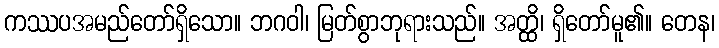
ကဿပအမည်တော်ရှိသော။ ဘဂဝါ၊ မြတ်စွာဘုရားသည်။ အတ္ထိ၊ ရှိတော်မူ၏။ တေန၊